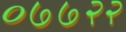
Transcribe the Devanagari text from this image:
०७७२२